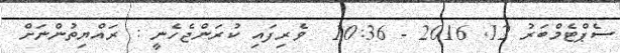
ސެޕްޓެމްބަރު 12